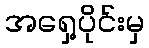
အရှေ့ပိုင်းမှ